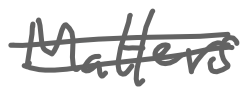
Text: Matters
Cross-out: double-line
Writing tool: digital_gray